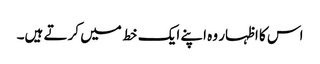
اس کا اظہار وہ اپنے ایک خط میں کرتے ہیں۔